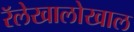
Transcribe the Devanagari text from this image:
रॅलेखालोखाल